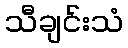
သီချင်းသံ